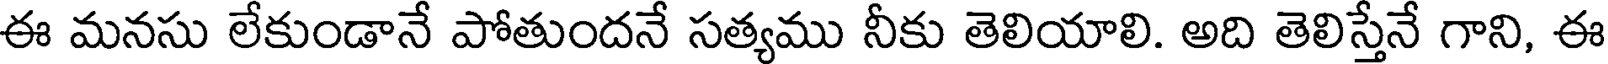
ఈ మనసు లేకుండానే పోతుందనే సత్యము నీకు తెలియాలి. అది తెలిస్తేనే గాని, ఈ